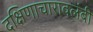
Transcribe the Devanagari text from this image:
दक्षिणाचारावलंबी